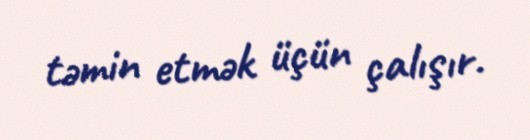
təmin etmək üçün çalışır.